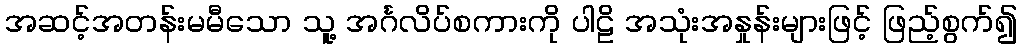
အဆင့်အတန်းမမီသော သူ့ အင်္ဂလိပ်စကားကို ပါဠိ အသုံးအနှုန်းများဖြင့် ဖြည့်စွက်၍